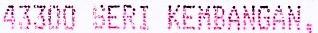
43300 SERI KEMBANGAN,